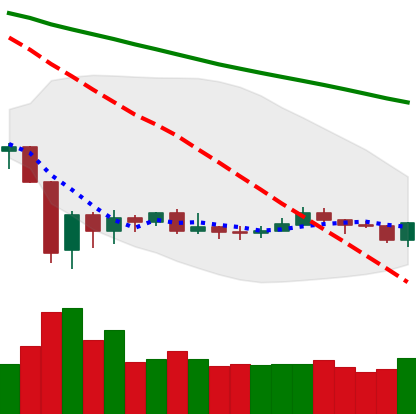
Ticker: XRP-USD
Chart end date: 2020-01-03
Forward return: 8.012%
Label: up_7plus